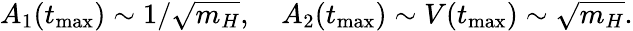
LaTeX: A_{1}(t_{\mathrm{max}})\sim 1/\sqrt{m_{H}},\quad A_{2}(t_{\mathrm{max}})\sim V(t_{\mathrm{max}})\sim\sqrt{m_{H}}.